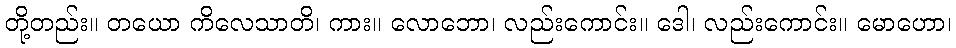
တို့တည်း။ တယော ကိလေသာတိ၊ ကား။ လောဘော၊ လည်းကောင်း။ ဒေါ၊ လည်းကောင်း။ မောဟော၊